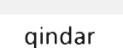
qindar